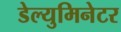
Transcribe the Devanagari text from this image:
डेल्युमिनेटर